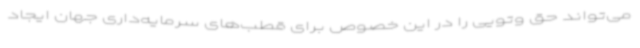
می‌تواند حق وتویی را در این خصوص برای قطب‌های سرمایه‌داری جهان ایجاد